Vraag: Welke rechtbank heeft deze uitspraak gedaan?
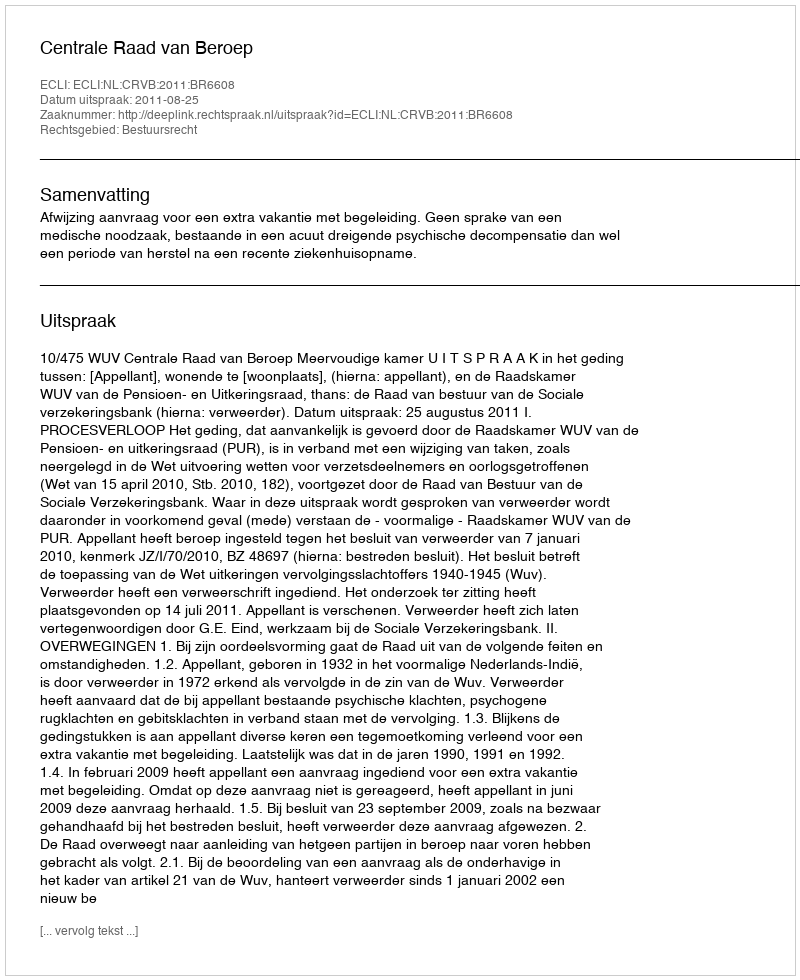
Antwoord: Centrale Raad van Beroep